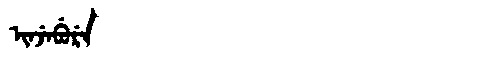
Manchu: ᡳᠨᠵᡝᠪᡠᡵᡝ
Romanization: INJEBURE